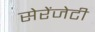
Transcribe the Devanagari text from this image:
सेरेंजेटी